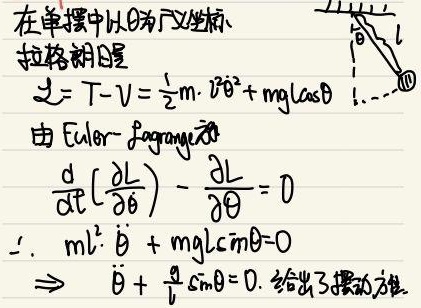
在单摆中以\(\theta\)为广义坐标，拉格朗日量\(L = T - V=\frac{1}{2}m\cdot l^{2}\dot{\theta}^{2}+mgl\cos\theta\)。由Euler - Lagrange方程\(\frac{d}{dt}(\frac{\partial L}{\partial \dot{\theta}})-\frac{\partial L}{\partial \theta}=0\)，可得\(ml^{2}\ddot{\theta}+mgl\sin\theta = 0\)，进而\(\Rightarrow\ddot{\theta}+\frac{g}{l}\sin\theta = 0\)，此式给出了摆动方程。